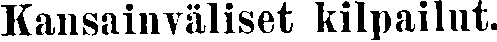
Kansainväliset kilpailut.